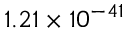
1 . 2 1 \times 1 0 ^ { - 4 1 }